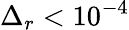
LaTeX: \Delta_{r}<10^{-4}